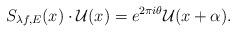
LaTeX: \begin{align*}S_{\lambda f,E}(x)\cdot \mathcal{U}(x)=e^{2\pi i \theta}\mathcal{U}(x+\alpha).\end{align*}